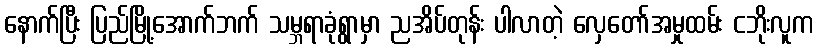
နောက်ပြီး ပြည်မြို့အောက်ဘက် သမ္ဘရာခုံရွာမှာ ညအိပ်တုန်း ပါလာတဲ့ လှေတော်အမှုထမ်း ငဘိုးလူက